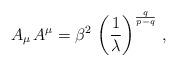
LaTeX: \begin{align*}A_{\mu}\,A^{\mu} = \beta^2\,\left(\frac{1}{\lambda}\right)^{\frac q{p-q}}\,, \end{align*}